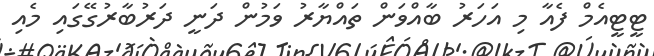
ޓީޓީއެމް ފެއާ މި އަހަރު ބާއްވަން ތައްޔާރު ވަމުން ދަނީ ދަރުބާރުގޭގައި މެއި